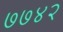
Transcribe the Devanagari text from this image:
७७४२